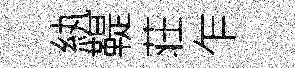
紈鞮荘乍